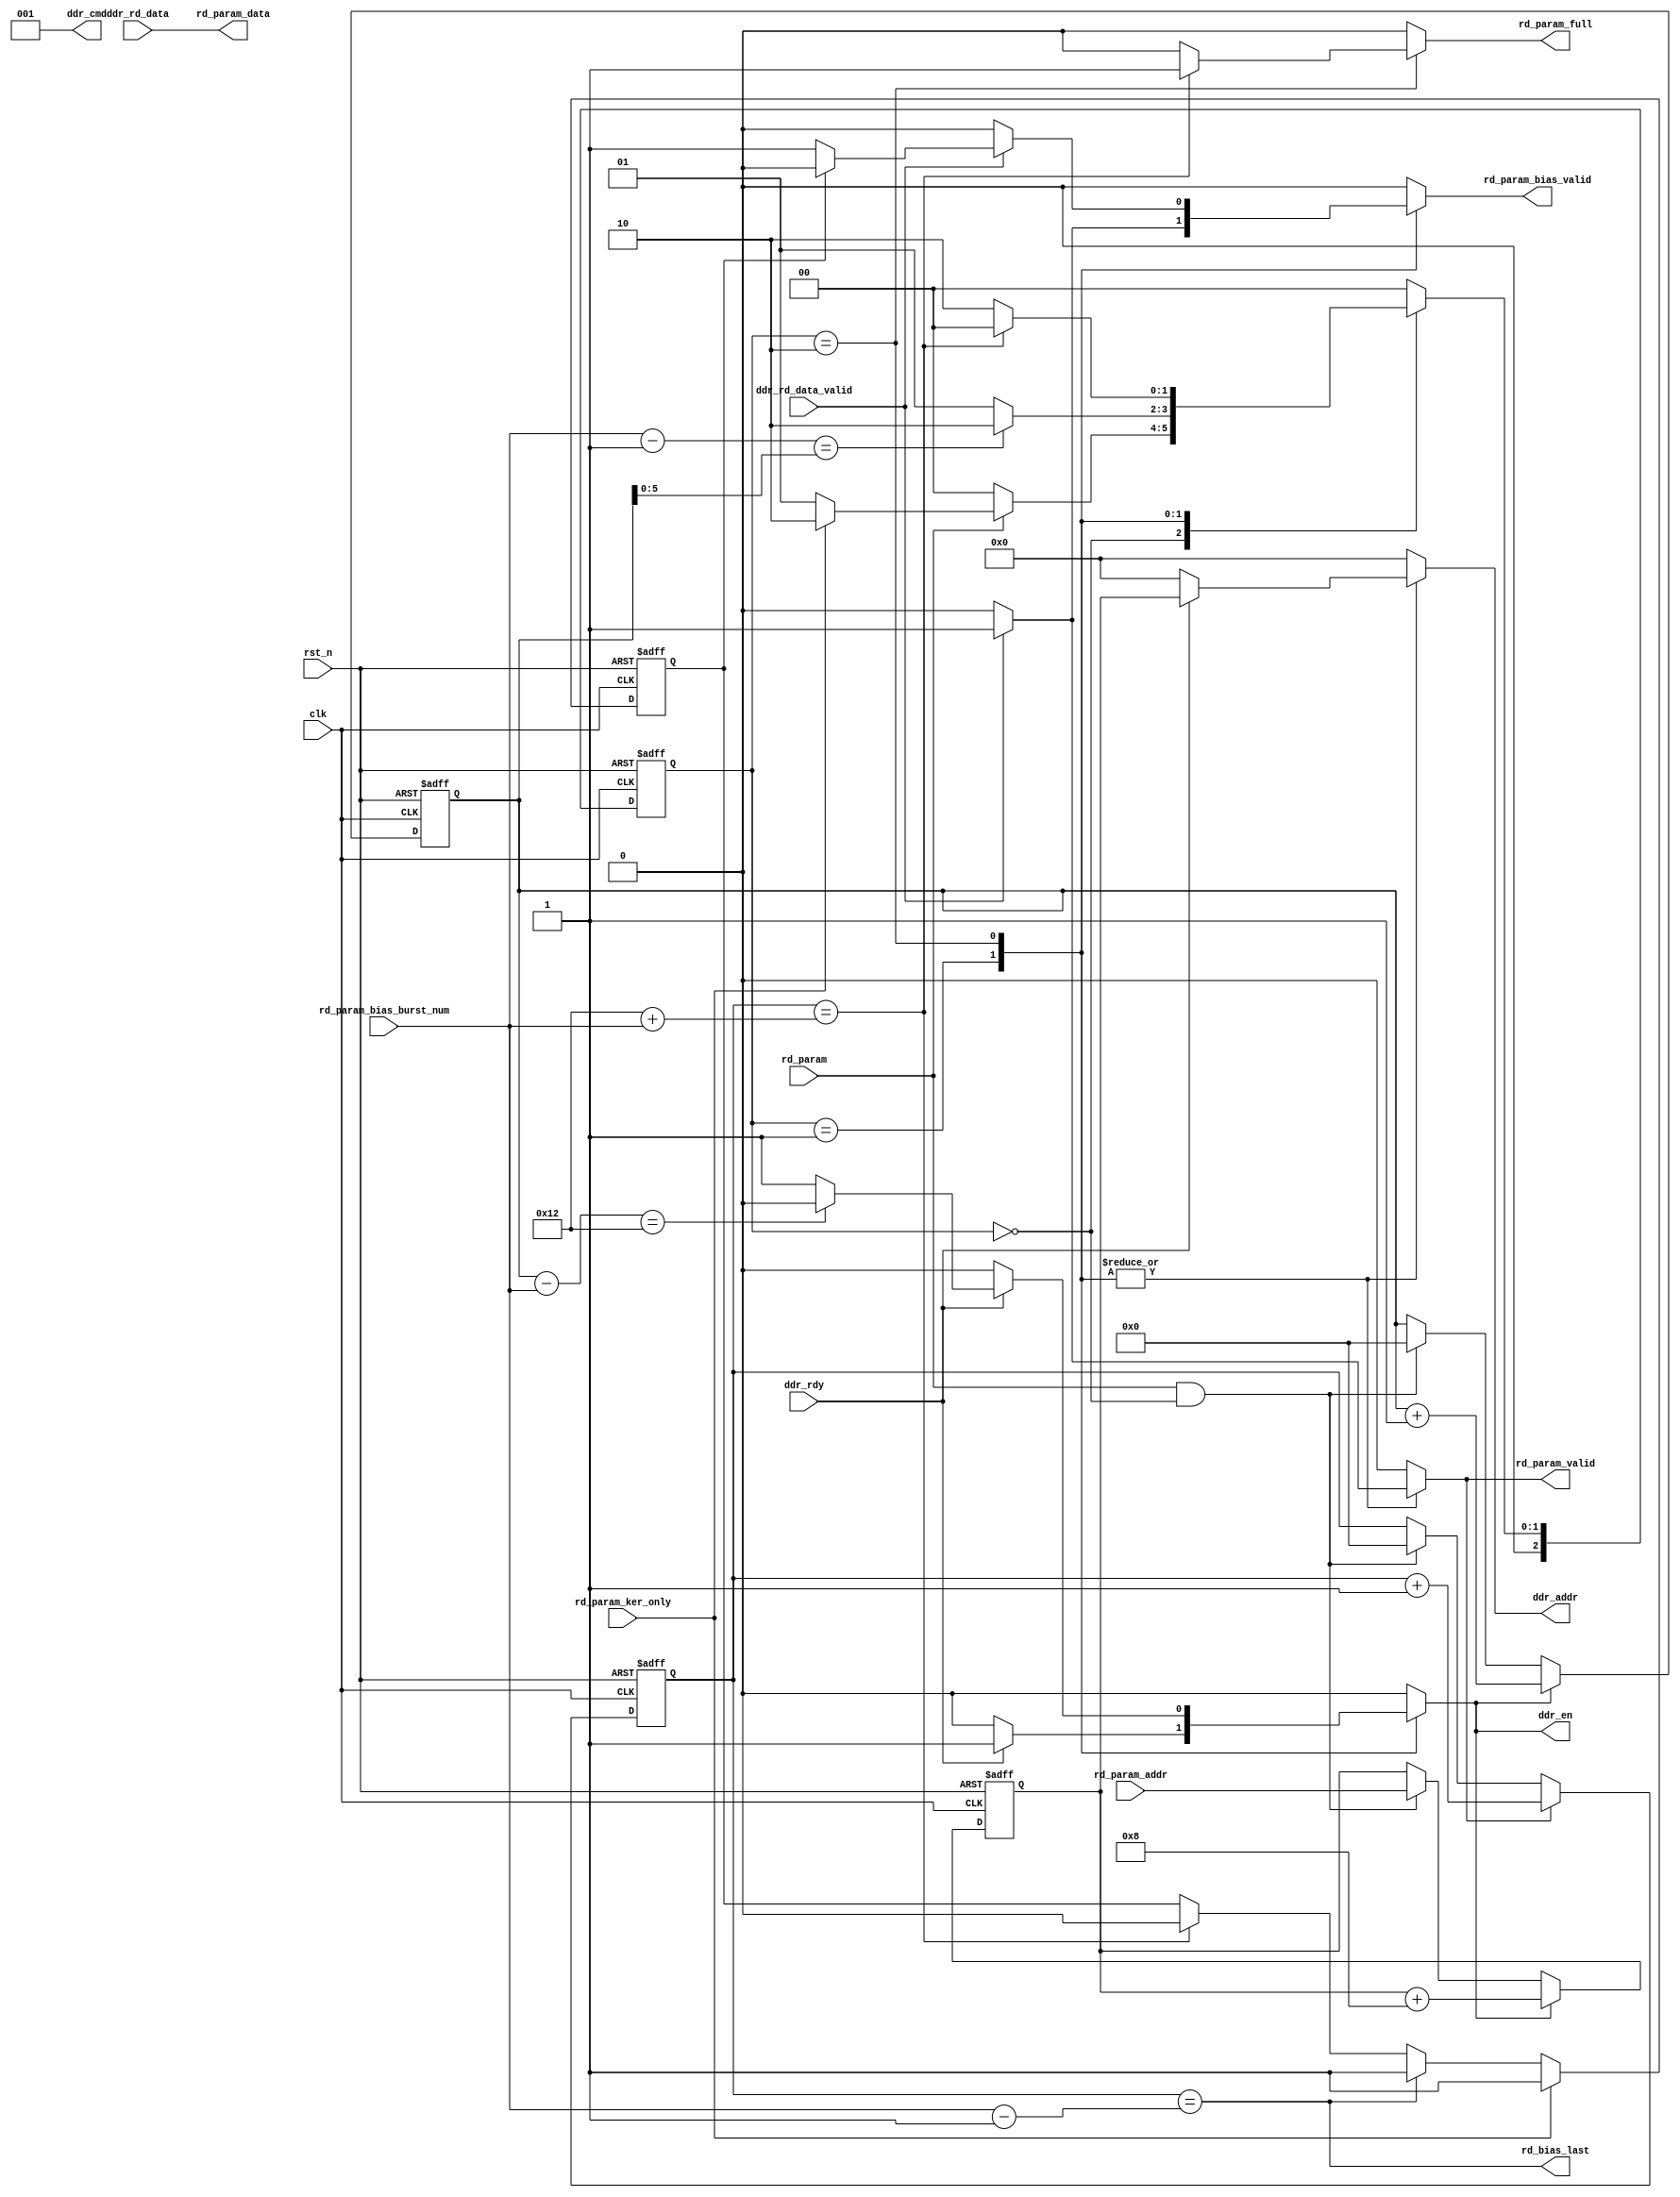
// ---------------------------------------------------
//
// Description: read weight and bias parameter
//              add bias valid signal
//
// Version    : 1.1
// ---------------------------------------------------

module rd_ddr_param(
    input  wire         clk,
    input  wire         rst_n,
    // ddr
    input  wire         ddr_rdy,
    input  wire         ddr_rd_data_valid,
    output reg  [29:0]  ddr_addr,
    output reg  [2:0]   ddr_cmd,
    output reg  [0:0]   ddr_en,
    //
    input  wire         rd_param,
    input  wire         rd_param_ker_only,
    input  wire [5:0]   rd_param_bias_burst_num, // number of conv layer bias data,
                                           // max burst num: 32 (512 bias with 32 bit float number)
    input  wire [29:0]  rd_param_addr,
    output reg          rd_param_valid,
    output reg          rd_param_bias_valid, // bias valid if not read_kernel_only
    output              rd_bias_last, // niuyue add
    input  wire [511:0] ddr_rd_data, // <-x added on Oct.31
    output wire [511:0] rd_param_data, // <-x added on Oct.31
    output reg          rd_param_full
  );

  localparam RD_PARAM_RST   = 3'd0;
  localparam RD_PARAM_BIAS  = 3'd1;
  localparam RD_PARAM_KER   = 3'd2;
  localparam FLOAT_NUM_WIDTH  = 32;
  localparam RD_KER_DATA_NUM  = 288;
  localparam DDR_DATA_WIDTH   = 64;
  localparam DDR_BURST_LEN  = 8;
  // kernel set: 3*3*32 * float_num_bits / ddr_data_width
  localparam RD_KER_DATA_SIZE = RD_KER_DATA_NUM*FLOAT_NUM_WIDTH/DDR_DATA_WIDTH;
  localparam RD_KER_BURST_NUM = (RD_KER_DATA_SIZE+7) / DDR_BURST_LEN; // ceiling, burst num start from 0;
  localparam RD_ADDR_STRIDE = 8;

  reg [2:0]  _rd_param_state;
  reg [2:0]  _rd_param_next_state;
  reg [29:0] _rd_param_addr;
  reg        _rd_param_next_burst;
  reg [6:0]  _rd_param_burst_cnt;
  reg [6:0]  _rd_param_valid_cnt;
  reg        _rd_param_next_valid;
  reg        _rd_param_on_ker;
  wire       _rd_bias_last;
  wire       _rd_ker_last;
  wire       _rd_param_output_last;
  wire       _rd_bias_valid_last;

  assign _rd_bias_last = ((rd_param_bias_burst_num-1'b1) == _rd_param_burst_cnt[5:0]);
  assign rd_bias_last  = _rd_bias_valid_last; // niuyue add
  assign _rd_ker_last  = ((_rd_param_burst_cnt-{1'b0,rd_param_bias_burst_num}) == 7'h12); //RD_KER_BURST_NUM);
  assign _rd_param_output_last = (_rd_param_valid_cnt == (RD_KER_BURST_NUM + rd_param_bias_burst_num )); // niuyue revise
  assign _rd_bias_valid_last = (_rd_param_valid_cnt == ({1'b0,rd_param_bias_burst_num}-1'b1));
  assign rd_param_data = ddr_rd_data; // <-x added on Oct.31

  // FF
  always@(posedge clk or negedge rst_n) begin
    if(!rst_n) begin
      _rd_param_state <= RD_PARAM_RST;
    end else begin
      _rd_param_state <= _rd_param_next_state;
    end
  end
  // state transition
  always@(_rd_param_state or rd_param or _rd_bias_last or _rd_param_output_last or
          rd_param_ker_only) begin
    _rd_param_next_state = RD_PARAM_RST;
    case(_rd_param_state)
      RD_PARAM_RST: begin
        if(rd_param) begin
          if(rd_param_ker_only)
            _rd_param_next_state = RD_PARAM_KER;
          else
            _rd_param_next_state = RD_PARAM_BIAS;
        end else begin
          _rd_param_next_state = RD_PARAM_RST;
        end
      end
      RD_PARAM_BIAS: begin
        if(_rd_bias_last)
          _rd_param_next_state = RD_PARAM_KER;
        else
          _rd_param_next_state = RD_PARAM_BIAS;
      end
      RD_PARAM_KER: begin
        if(_rd_param_output_last)
          _rd_param_next_state = RD_PARAM_RST;
        else
          _rd_param_next_state = RD_PARAM_KER;
      end
    endcase
  end
  // logic
  always@(_rd_param_state or ddr_rdy or ddr_rd_data_valid or _rd_ker_last or 
          _rd_param_addr or _rd_param_output_last or _rd_param_on_ker) begin
    ddr_en    = 1'b0;
    ddr_addr  = 30'h0;
    ddr_cmd   = 3'b1; // read
    rd_param_valid       = 1'b0;
    rd_param_bias_valid  = 1'b0;
    rd_param_full        = 1'b0;
    _rd_param_next_burst = 1'b0;
    _rd_param_next_valid = 1'b0;
    case(_rd_param_state)
      RD_PARAM_RST: begin
        ddr_en = 1'b0;
      end

      RD_PARAM_BIAS: begin
        if(ddr_rdy) begin
          ddr_en  = 1'b1;
          ddr_cmd = 3'b1;
          ddr_addr= _rd_param_addr;
          _rd_param_next_burst = 1'b1;
        end
        if(ddr_rd_data_valid) begin
          _rd_param_next_valid = 1'b1;
          rd_param_valid = 1'b1;
          // bias valid
          rd_param_bias_valid = 1'b1;
        end
      end

      RD_PARAM_KER: begin
        if(ddr_rdy) begin
          ddr_cmd = 3'b1;
          ddr_addr= _rd_param_addr;
          if(_rd_ker_last) begin
            ddr_en = 1'b0;
            _rd_param_next_burst = 1'b0;
          end else begin
            ddr_en = 1'b1;
            _rd_param_next_burst = 1'b1;
          end
        end
        if(ddr_rd_data_valid) begin
          _rd_param_next_valid = 1'b1;
          rd_param_valid = 1'b1;
          if(!_rd_param_on_ker) begin
            rd_param_bias_valid = 1'b1;
          end
        end
        if(_rd_param_output_last) begin
          rd_param_full = 1'b1;
        end
      end
    endcase
  end
  // read addr
  always@(posedge clk or negedge rst_n) begin
    if(!rst_n) begin
      _rd_param_addr <= 30'h0;
      _rd_param_burst_cnt <= 7'h0;
      _rd_param_valid_cnt <= 7'h0;
    end else begin
      // initialization
      if(rd_param && (_rd_param_state == RD_PARAM_RST)) begin
        _rd_param_addr <= rd_param_addr;
        _rd_param_burst_cnt <= 7'h0;
        _rd_param_valid_cnt <= 7'h0;
      end
      // increment
      if(_rd_param_next_burst) begin
        _rd_param_addr <= _rd_param_addr + 4'h8;
        _rd_param_burst_cnt <= _rd_param_burst_cnt + 1'b1;
      end
      if(_rd_param_next_valid) begin
        _rd_param_valid_cnt <= _rd_param_valid_cnt + 1'b1;
      end
    end
  end
  // bias valid
  always@(posedge clk or negedge rst_n) begin
    if(!rst_n) begin
      _rd_param_on_ker <= 1'b0;
    end else begin
      if(!rd_param_ker_only) begin
        if(_rd_bias_valid_last) begin
          _rd_param_on_ker <= 1'b1;
        end else if(_rd_param_output_last) begin
          _rd_param_on_ker <= 1'b0;
        end
      end else begin
        _rd_param_on_ker <= 1'b1;
      end
    end
  end

endmodule